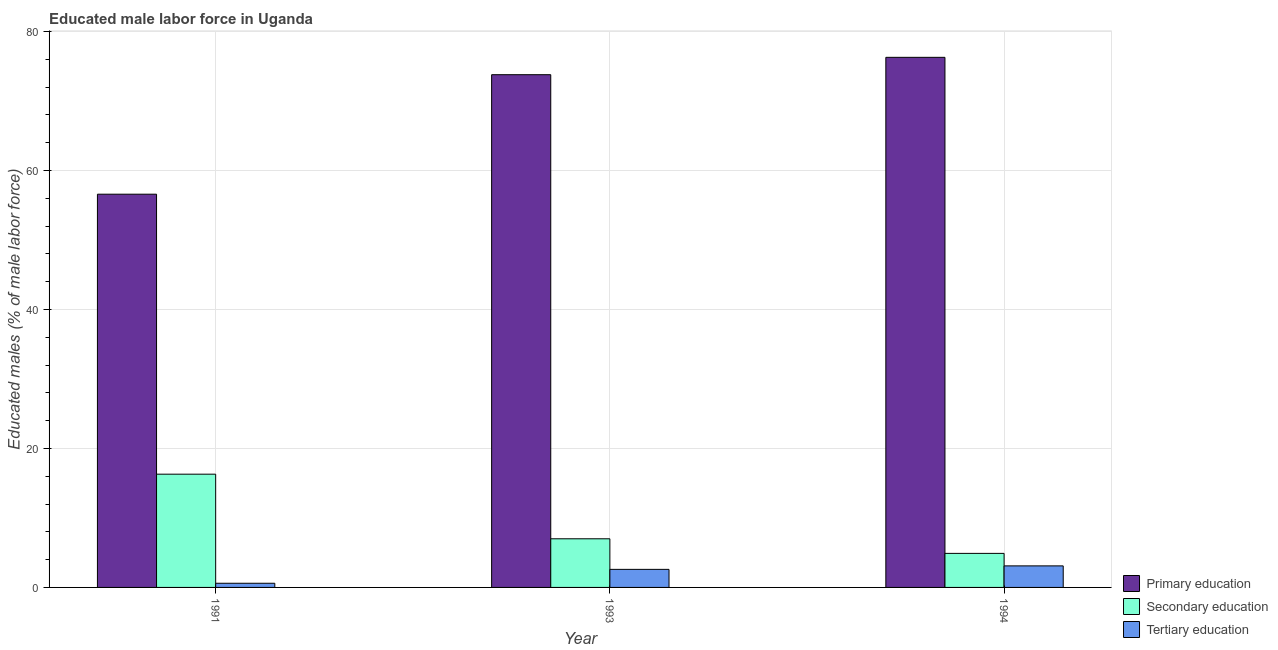
| Year | Primary education | Secondary education | Tertiary education |
 | --- | --- | --- | --- |
 | 1991 | 56.6 | 16.3 | 0.6 |
 | 1993 | 73.8 | 7 | 2.6 |
 | 1994 | 76.3 | 4.9 | 3.1 |